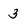
Character: 3